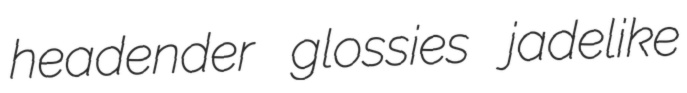
headender glossies jadelike